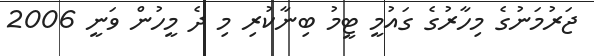
ޖަރުމަނުގެ މިހާރުގެ ގައުމީ ޓީމު ބިނާކުރި މި ދެ މީހުން ވަނީ 2006